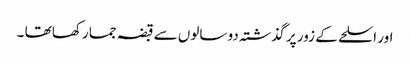
اور اسلحے کے زور پر گذشتہ دو سالوں سے قبضہ جما رکھا تھا ۔